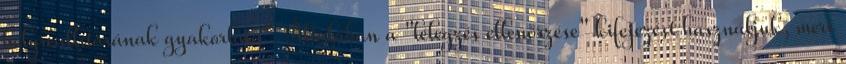
helyreállításának gyakorlata". Általában a "lélegzés ellenőrzése" kifejezést használjuk, mert